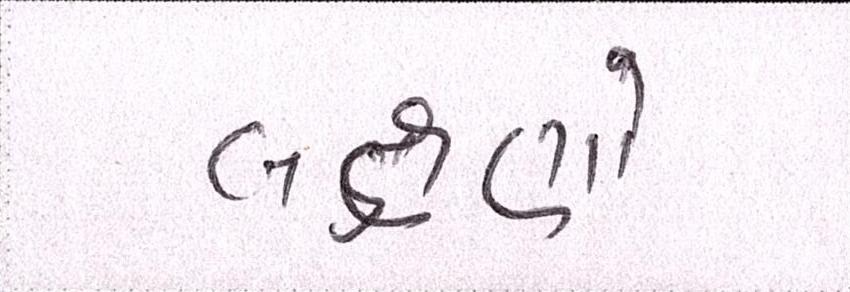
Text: લક્ષણો